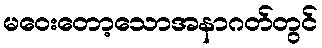
မဝေးတော့သောအနာဂတ်တွင်